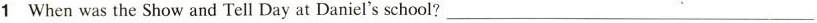
1 Whenwas the Show and Tell Day at Daniel's school?___